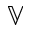
\mathbb { V }